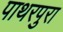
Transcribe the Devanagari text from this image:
पाथरपुरा